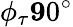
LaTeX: \phi_{\tau}\le 90^{\circ}